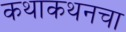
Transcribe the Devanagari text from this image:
कथाकथनचा